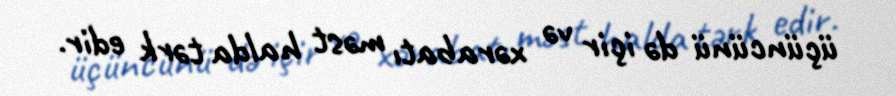
üçüncünü də içir və xərabatı məst halda tərk edir.